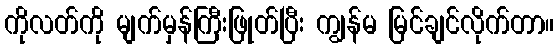
ကိုလတ်ကို မျက်မှန်ကြီးဖြုတ်ပြီး ကျွန်မ မြင်ချင်လိုက်တာ။